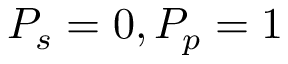
P _ { s } = 0 , P _ { p } = 1